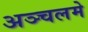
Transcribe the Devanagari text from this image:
अञ्चलमे